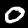
Label: 0